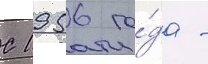
С 1956 го́да -